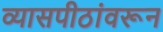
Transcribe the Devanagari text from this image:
व्यासपीठांवरून